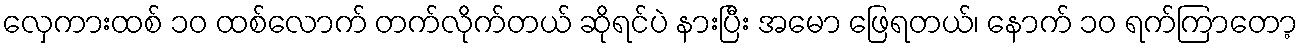
လှေကားထစ် ၁၀ ထစ်လောက် တက်လိုက်တယ် ဆိုရင်ပဲ နားပြီး အမော ဖြေရတယ်၊ နောက် ၁၀ ရက်ကြာတော့